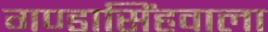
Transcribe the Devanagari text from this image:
गण्डासिंहवाला